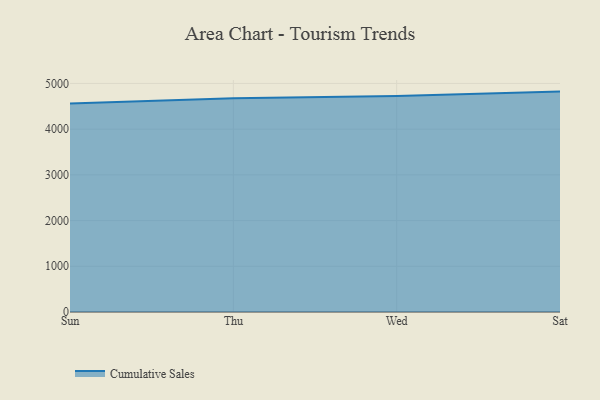
{"axis": {"x": "Day", "y": "Operating Costs (USD K)"}, "legend": ["Cumulative Sales"], "data": [{"x": "Sun", "y": 4564.0, "type": "Cumulative Sales"}, {"x": "Thu", "y": 4673.6, "type": "Cumulative Sales"}, {"x": "Wed", "y": 4725.0, "type": "Cumulative Sales"}, {"x": "Sat", "y": 4821.8, "type": "Cumulative Sales"}]}